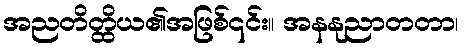
အညတိတ္ထိယ၏အဖြစ်၎င်း။ အနနုညာတတာ၊